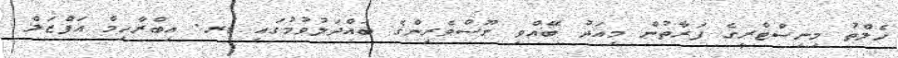
ހެލްތު މިނިސްޓްރީގެ ފަރާތުން މިއަދު ބޭއްވި ނޫސްވެރިންގެ ބައްދަލުވުމުގައި ޑރ. އިބްރާހިމް އަފްޒަލް